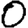
Digit: 0